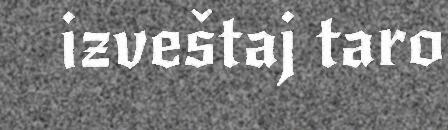
izveštaj taro